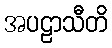
အပဠာသီတိ